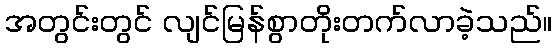
အတွင်းတွင် လျင်မြန်စွာတိုးတက်လာခဲ့သည်။